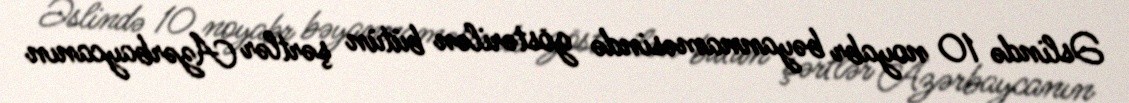
Əslində 10 noyabr bəyannaməsində göstərilən bütün şərtlər Azərbaycanın